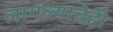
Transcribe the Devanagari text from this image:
लागल्याचेही